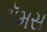
ટૉમસ